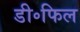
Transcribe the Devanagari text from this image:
डी॰फिल